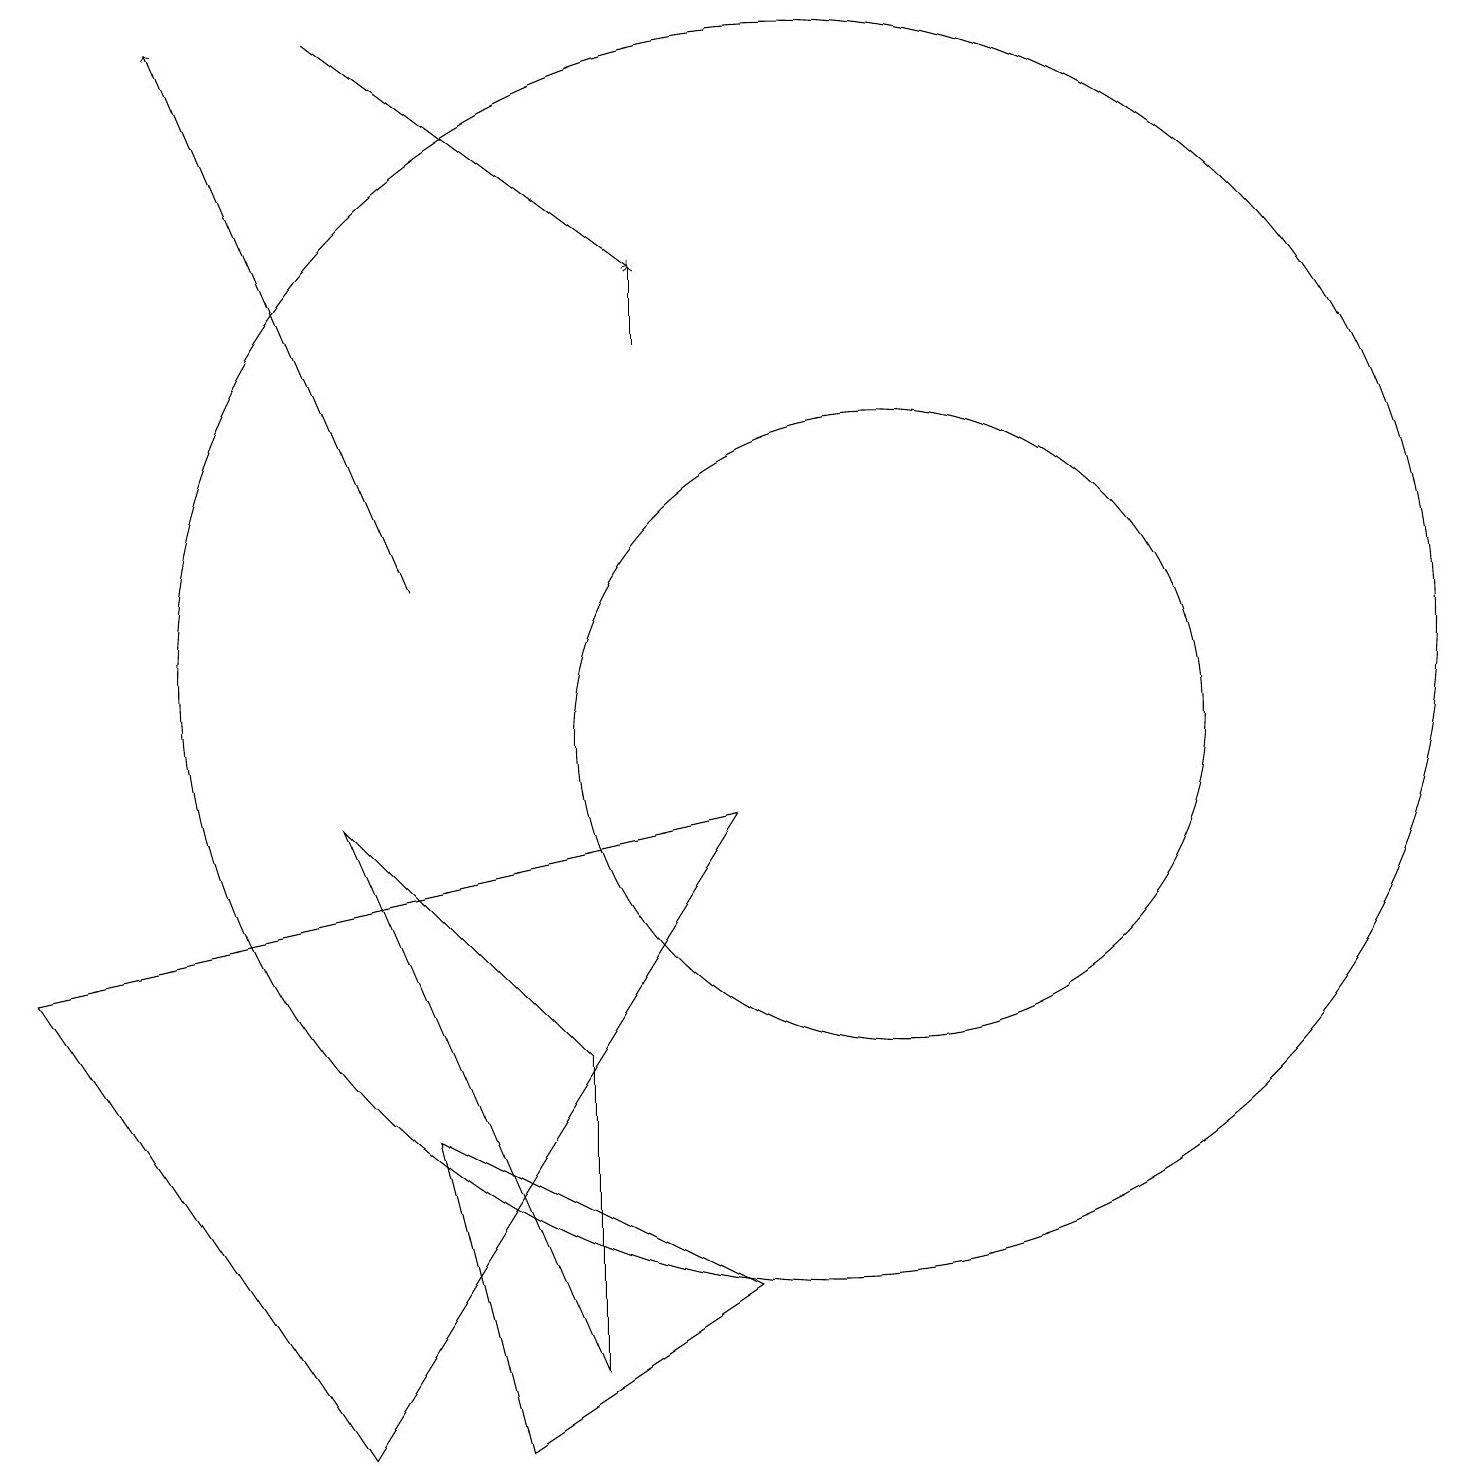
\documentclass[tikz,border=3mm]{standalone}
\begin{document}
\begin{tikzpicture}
\draw (10,11) circle (8);
\draw[->] (4,19) -- (8,16);
\draw (11,10) circle (4);
\draw[->] (5,12) -- (2,19);
\draw (0,7) -- (9,9) -- (4,1) -- cycle;
\draw[->] (8,15) -- (8,16);
\draw (5,5) -- (9,3) -- (6,1) -- cycle;
\draw (7,6) -- (4,9) -- (7,2) -- cycle;
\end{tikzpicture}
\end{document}